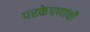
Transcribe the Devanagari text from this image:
परकेपणाची